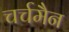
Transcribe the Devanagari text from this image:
चर्चमैन